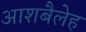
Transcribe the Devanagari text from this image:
आशबैलेह